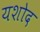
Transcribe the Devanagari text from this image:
यशोद